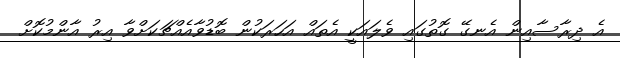
އެ ދިރާސާއިން އެނގޭ ގޮތުގައި ވެލައަކީ އެތައް އަހަރަކުން ބޮޑުވާއެއްޗަކަށްވާ އިރު އާންމުކޮށް